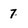
Character: 7